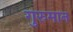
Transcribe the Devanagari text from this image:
गुरुमान